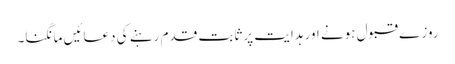
روز ے قبول ہونے اور ہدایت پر ثابت قدم رہنے کی دعائیں مانگنا۔